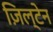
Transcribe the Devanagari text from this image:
ज़िल्टेन